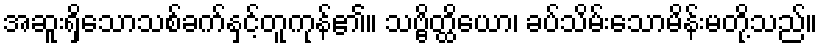
အဆူးရှိသောသစ်ခက်နှင့်တူကုန်၏။ သဗ္ဗိတ္ထိယော၊ ခပ်သိမ်းသောမိန်းမတို့သည်။